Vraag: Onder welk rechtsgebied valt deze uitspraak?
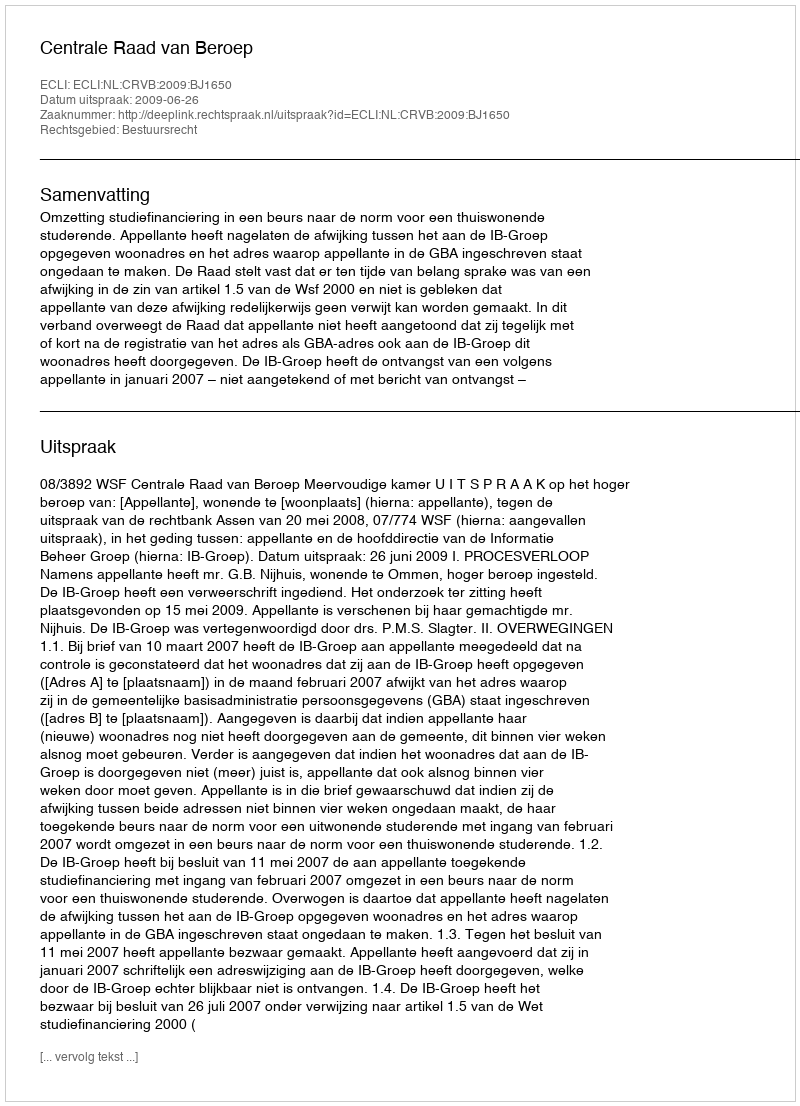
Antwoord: Bestuursrecht